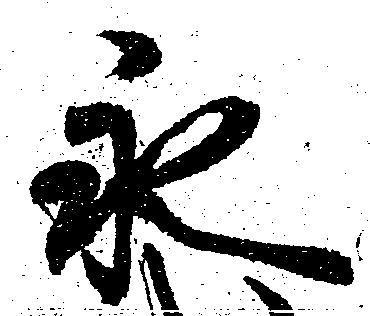
永